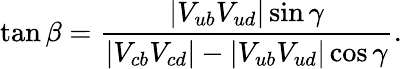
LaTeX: \tan\beta=\frac{|V_{ub}V_{ud}|\sin\gamma}{|V_{cb}V_{cd}|-|V_{ub}V_{ud}|\cos\gamma}.